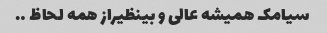
سیامک همیشه عالی و بینظیراز همه لحاظ ….